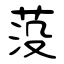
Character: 莈